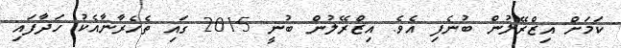
ކަމަށް އިޒްރޭލުން ބުނެފި އެވެ. އިޒްރޭލުން ބުނީ 2015 ގައި ތެހެރާނާއެކު ހަދާފައި